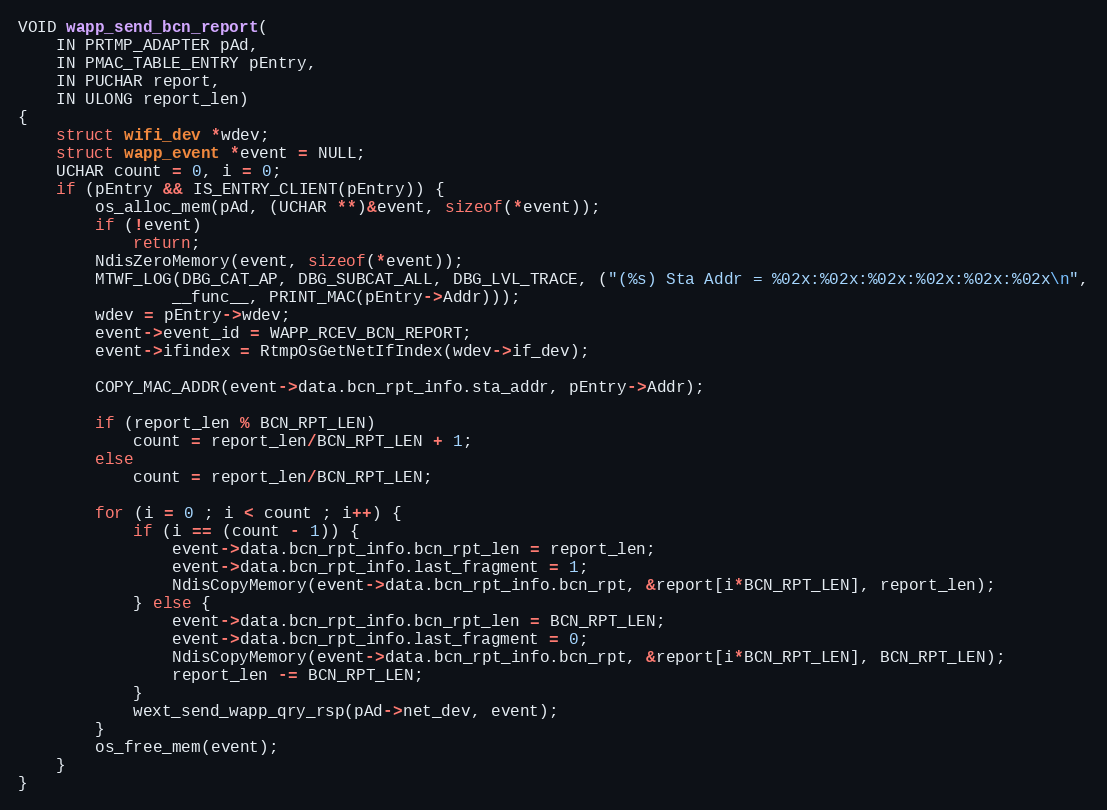
Language: C
VOID wapp_send_bcn_report(
	IN PRTMP_ADAPTER pAd,
	IN PMAC_TABLE_ENTRY pEntry,
	IN PUCHAR report,
	IN ULONG report_len)
{
	struct wifi_dev *wdev;
	struct wapp_event *event = NULL;
	UCHAR count = 0, i = 0;
	if (pEntry && IS_ENTRY_CLIENT(pEntry)) {
		os_alloc_mem(pAd, (UCHAR **)&event, sizeof(*event));
		if (!event)
			return;
		NdisZeroMemory(event, sizeof(*event));
		MTWF_LOG(DBG_CAT_AP, DBG_SUBCAT_ALL, DBG_LVL_TRACE, ("(%s) Sta Addr = %02x:%02x:%02x:%02x:%02x:%02x\n",
				__func__, PRINT_MAC(pEntry->Addr)));
		wdev = pEntry->wdev;
		event->event_id = WAPP_RCEV_BCN_REPORT;
		event->ifindex = RtmpOsGetNetIfIndex(wdev->if_dev);

		COPY_MAC_ADDR(event->data.bcn_rpt_info.sta_addr, pEntry->Addr);

		if (report_len % BCN_RPT_LEN)
			count = report_len/BCN_RPT_LEN + 1;
		else
			count = report_len/BCN_RPT_LEN;

		for (i = 0 ; i < count ; i++) {
			if (i == (count - 1)) {
				event->data.bcn_rpt_info.bcn_rpt_len = report_len;
				event->data.bcn_rpt_info.last_fragment = 1;
				NdisCopyMemory(event->data.bcn_rpt_info.bcn_rpt, &report[i*BCN_RPT_LEN], report_len);
			} else {
				event->data.bcn_rpt_info.bcn_rpt_len = BCN_RPT_LEN;
				event->data.bcn_rpt_info.last_fragment = 0;
				NdisCopyMemory(event->data.bcn_rpt_info.bcn_rpt, &report[i*BCN_RPT_LEN], BCN_RPT_LEN);
				report_len -= BCN_RPT_LEN;
			}
			wext_send_wapp_qry_rsp(pAd->net_dev, event);
		}
		os_free_mem(event);
	}
}